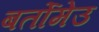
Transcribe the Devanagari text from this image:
बर्तोमेउ